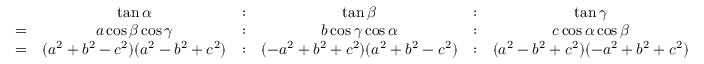
{ \begin{array} { r c c c c c } & { \tan \alpha } & { : } & { \tan \beta } & { : } & { \tan \gamma } \\ { = } & { a \cos \beta \cos \gamma } & { : } & { b \cos \gamma \cos \alpha } & { : } & { c \cos \alpha \cos \beta } \\ { = } & { ( a ^ { 2 } + b ^ { 2 } - c ^ { 2 } ) ( a ^ { 2 } - b ^ { 2 } + c ^ { 2 } ) } & { : } & { ( - a ^ { 2 } + b ^ { 2 } + c ^ { 2 } ) ( a ^ { 2 } + b ^ { 2 } - c ^ { 2 } ) } & { : } & { ( a ^ { 2 } - b ^ { 2 } + c ^ { 2 } ) ( - a ^ { 2 } + b ^ { 2 } + c ^ { 2 } ) } \end{array} }